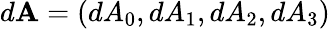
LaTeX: d\mathbf{A}=(dA_{0},dA_{1},dA_{2},dA_{3})